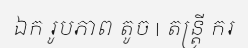
ឯក រូបភាព តូច | តន្ត្រី ករ